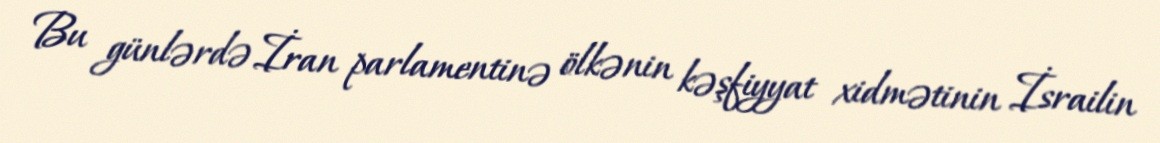
Bu günlərdə İran parlamentinə ölkənin kəşfiyyat xidmətinin İsrailin